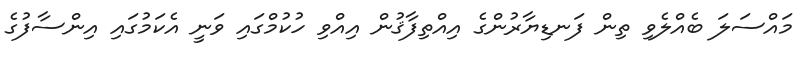
މައްސަލަ ބެއްލެވި ތިން ފަނޑިޔާރުންގެ އިއްތިފާޤުން އިއްވި ހުކުމްގައި ވަނީ އެކަމުގައި އިންސާފުގެ